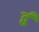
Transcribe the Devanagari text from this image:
र्द्धं